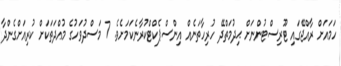
ހަމައަށް ރާއްޖޭގައި ޓޫރިސްޓުންނަށް ޙިދުމަތްދޭ ހުރިހާތަނެއް އިންސްޕެކްޓްކުރާނެކަމަށެވެ. 7 މަސްދުވަހުގެ މުއްދަތަކަށް ކުރިއަށްގެންދާ